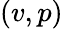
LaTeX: (v,p)